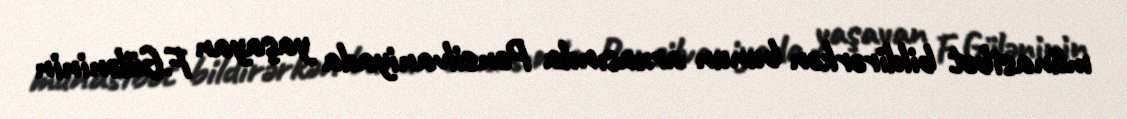
münasibət bildirərkən bunun arxasında Pensilvaniyada yaşayan F.Güləninin